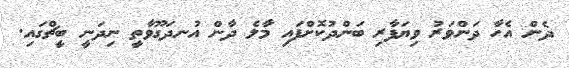
ދެން އެހާ ދަންވަރު ވިޔަފާރި ބަންދުކޮށްފައި މާލެ ދާން އުނދަގޫވާތީ ނިދަނީ ބީޗްގައި.